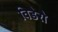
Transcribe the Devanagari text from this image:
विडेरो